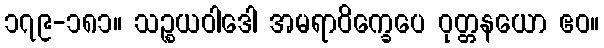
၁၇၉-၁၈၁။ သဉ္စယဝါဒေါ အမရာဝိက္ခေပေ ဝုတ္တနယော ဧဝ။